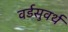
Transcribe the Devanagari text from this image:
वर्डसुवर्थ